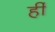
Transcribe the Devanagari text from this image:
र्ही